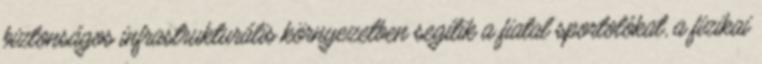
biztonságos infrastrukturális környezetben segítik a fiatal sportolókat, a fizikai